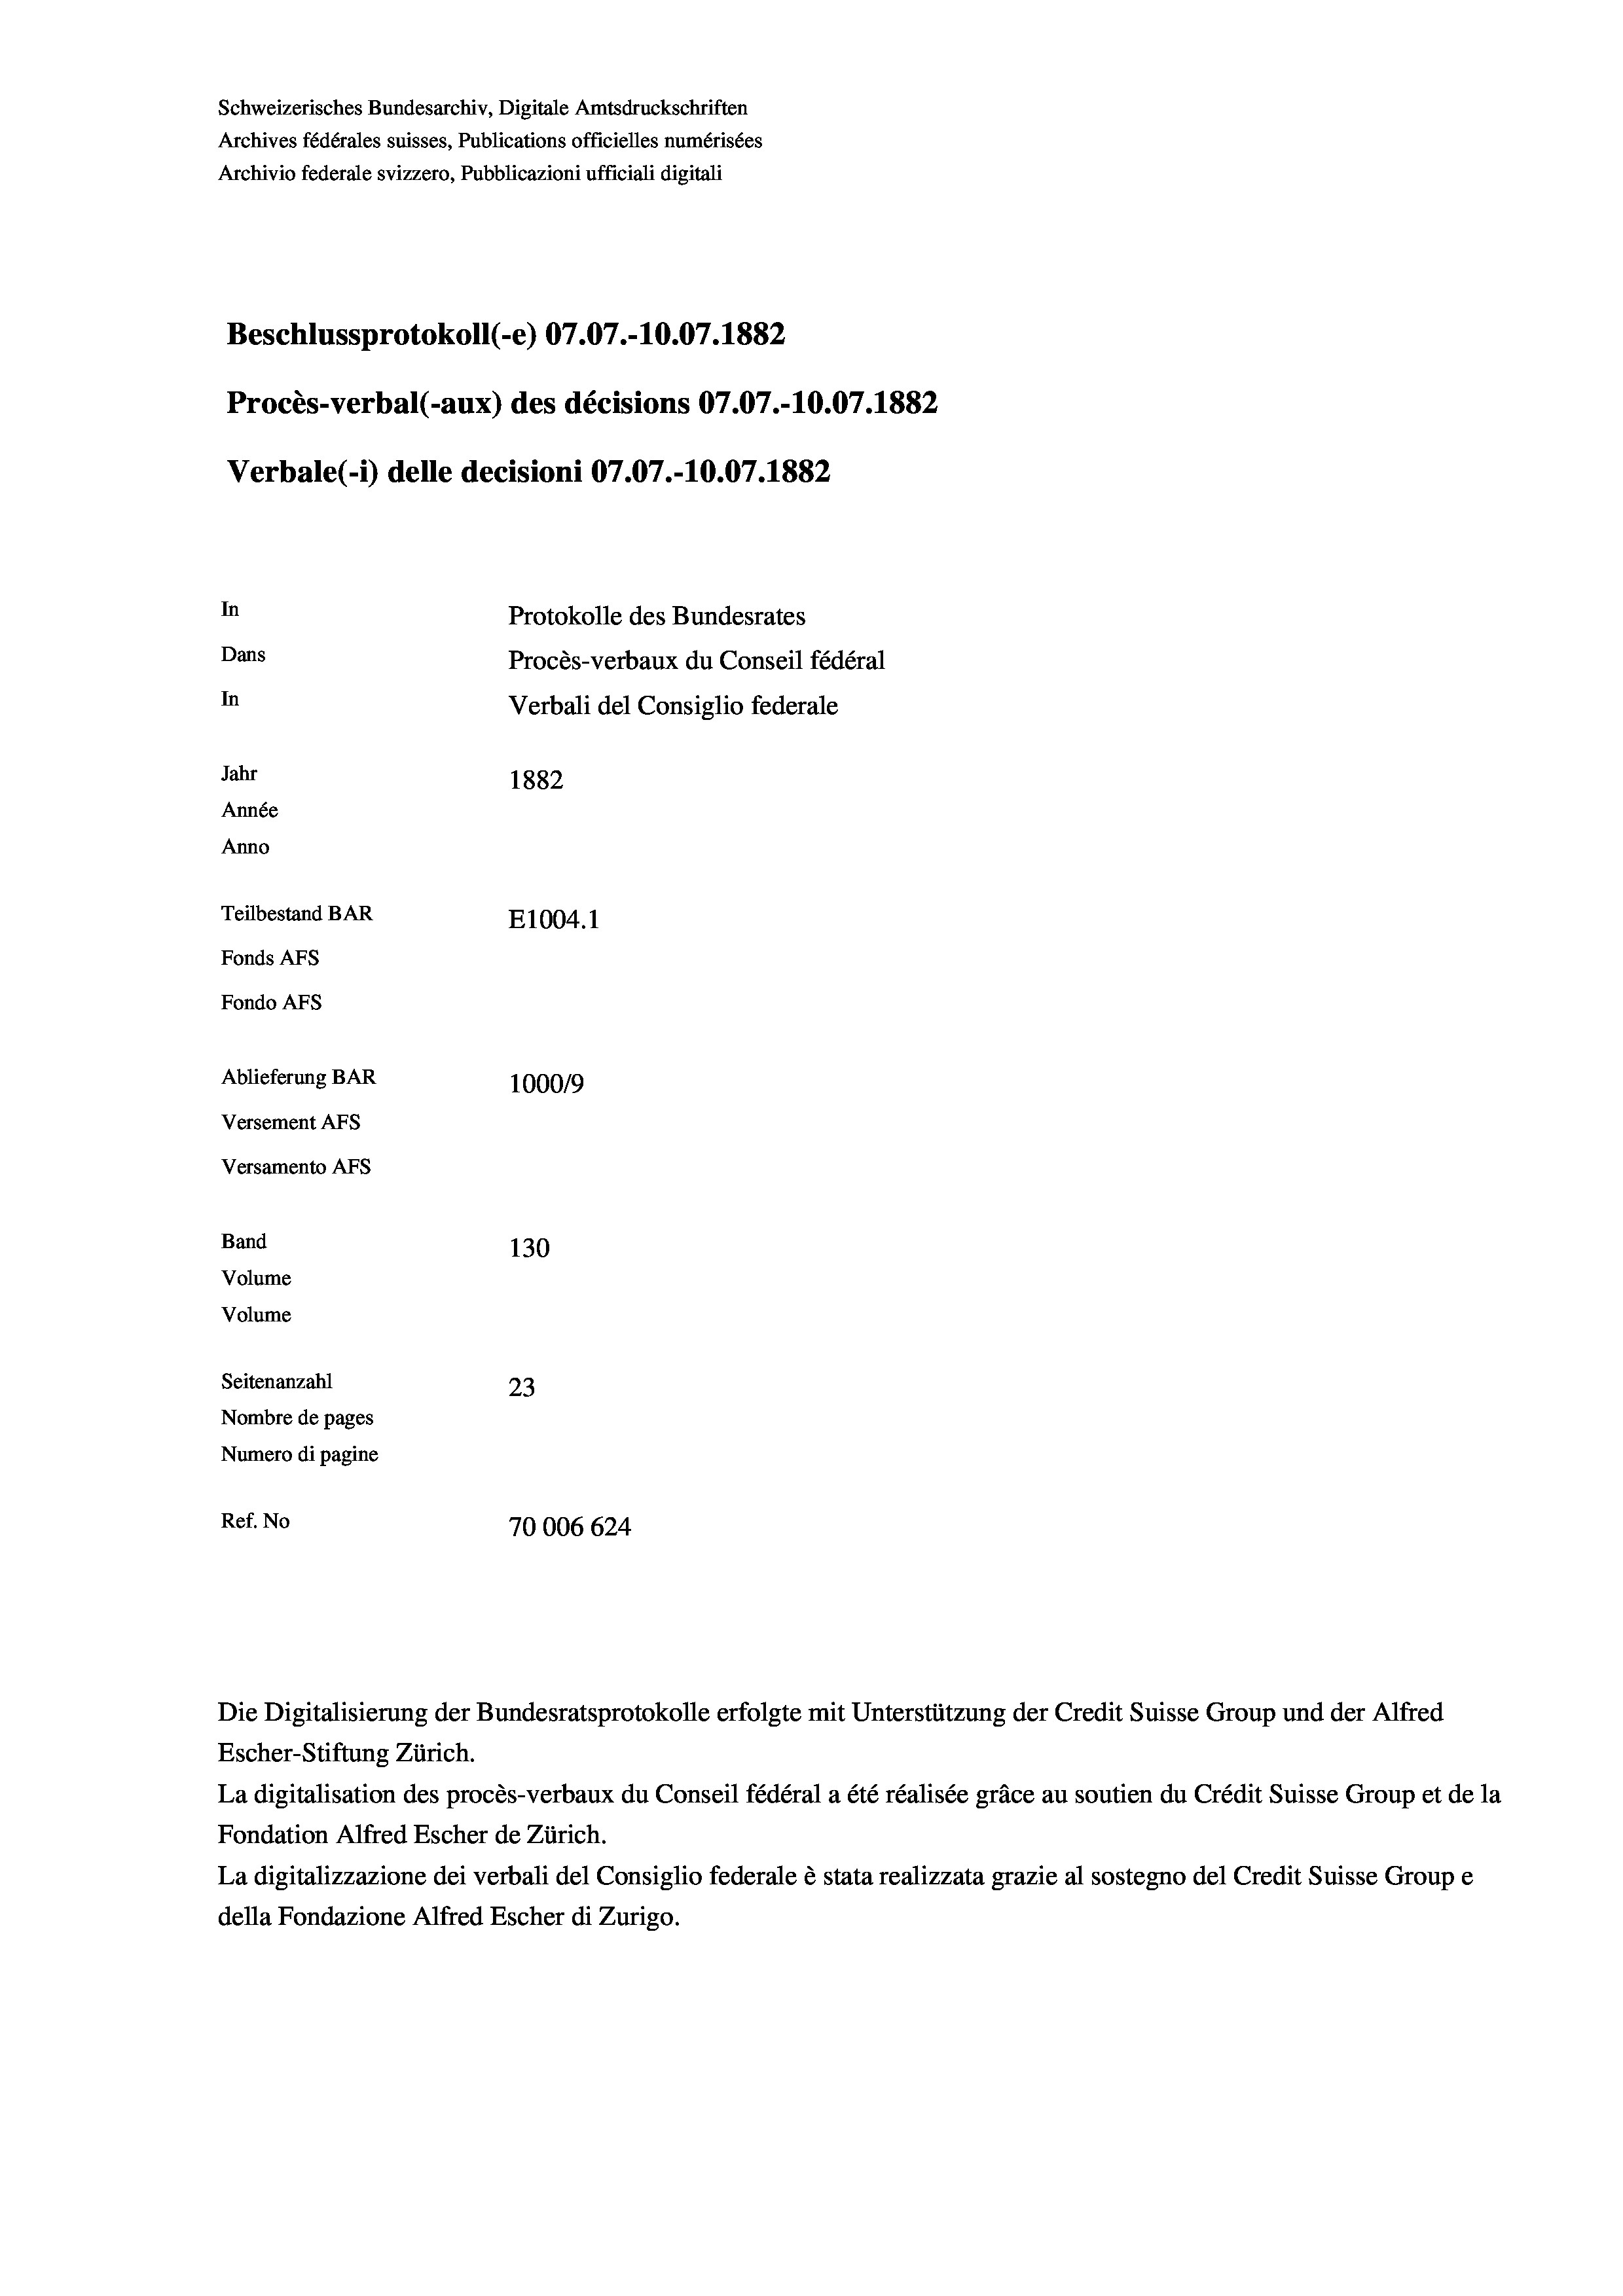
Schweizerisches Bundesarchiv, Digitale Amtsdruckschriften
Archives fédérales suisses, Publications officielles numérisées
Archivio federale svizzero, Pubblicazioni ufficiali digitali
Beschlussprotokoll (-e) 07.07.-10.07. 1882
Procès-verbal (-aux) des décisions 07.07.-10.07. 1882
Verbale(1) delle decisioni 07.07.-10.07. 1882
In
Protokolle des Bundesrates
Dans
Procès-verbaux du Conseil fédéral
In
Verbali del Consiglio federale
Jahr
1882
Année
Anno
Teilbestand BAR
E1004. 1
Fonds AFs
Fondo AFs
Ablieferung BAR
100019
Versement AFs
Versamento Afs
Band
130
Volume
Volume
Seitenanzahl
23
Nombre de pages
Numero di pagine
Ref. No
70006 624

Die Digitalisierung der Bundesratsprotokolle erfolgte mit Unterstützung der Credit Suisse Group und der Alfred
Escher-Stiftung Zürich.
La digitalisation des procès-verbaux du Conseil fédéral a été réalisée gräce au soutien du Crédit Suisse Group et de la
Fondation Alfred Escher de Zürich.
La digitalizzazione dei verbali del Consiglio federale è stata realizzata grazie al sostegno del Credit Suisse Groupe
della Fondazione Alfred Escher di Zurigo.